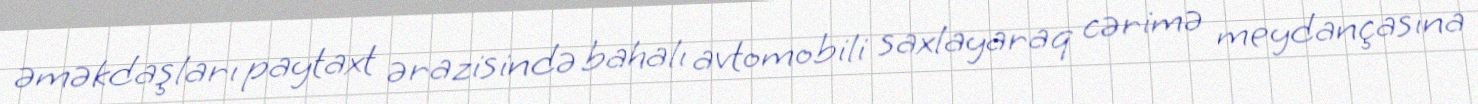
əməkdaşları paytaxt ərazisində bahalı avtomobili saxlayaraq cərimə meydançasına